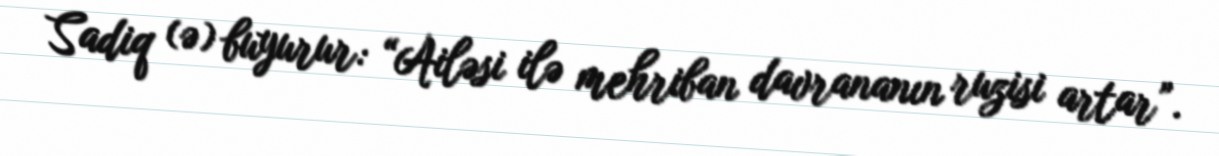
Sadiq (ə) buyurur: “Ailəsi ilə mehriban davrananın ruzisi artar”.